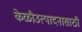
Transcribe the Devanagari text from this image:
केळीउत्पादनासाठी